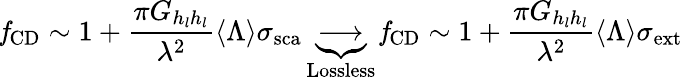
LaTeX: \mathit{f}_{\mathrm{{CD}}}\sim 1+\frac{\pi G_{h_{l}h_{l}}}{\lambda^{2}}\langle\Lambda\rangle{\sigma}_{\mathrm{sca}}\underbrace{\longrightarrow}_{\mathrm{Lossless}}\mathit{f}_{\mathrm{{CD}}}\sim 1+\frac{\pi G_{h_{l}h_{l}}}{\lambda^{2}}\langle\Lambda\rangle{\sigma}_{\mathrm{ext}}